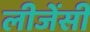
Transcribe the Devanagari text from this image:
लीजेंसी